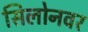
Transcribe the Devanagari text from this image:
सिलोनवर